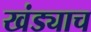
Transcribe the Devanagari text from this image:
खंड्याच